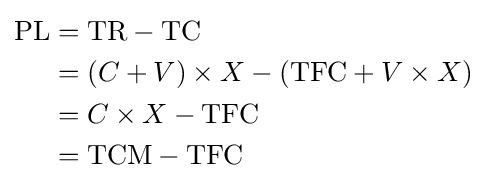
{\begin{aligned}{\text{PL}}&={\text{TR}}-{\text{TC}}\\&=\left(C+V\right)\times X-\left({\text{TFC}}+V\times X\right)\\&=C\times X-{\text{TFC}}\\&={\text{TCM}}-{\text{TFC}}\end{aligned}}